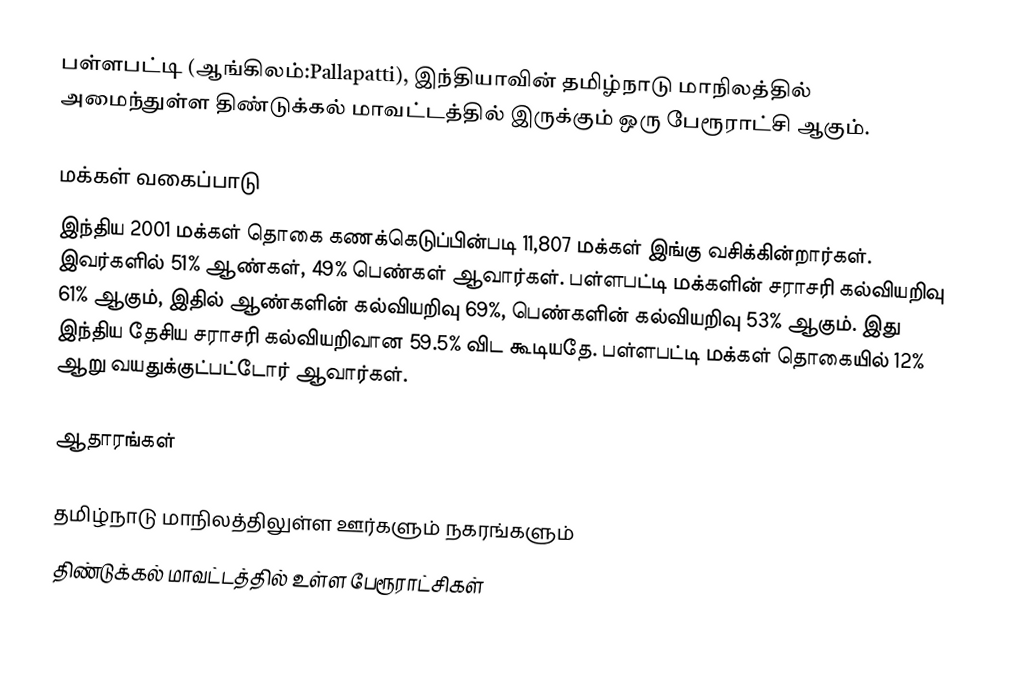
பள்ளபட்டி (ஆங்கிலம்:Pallapatti), இந்தியாவின் தமிழ்நாடு மாநிலத்தில் அமைந்துள்ள திண்டுக்கல் மாவட்டத்தில் இருக்கும் ஒரு பேரூராட்சி ஆகும்.

மக்கள் வகைப்பாடு
இந்திய 2001 மக்கள் தொகை கணக்கெடுப்பின்படி 11,807 மக்கள் இங்கு வசிக்கின்றார்கள். இவர்களில் 51% ஆண்கள், 49% பெண்கள் ஆவார்கள். பள்ளபட்டி மக்களின் சராசரி கல்வியறிவு 61% ஆகும், இதில் ஆண்களின் கல்வியறிவு 69%, பெண்களின் கல்வியறிவு 53% ஆகும். இது இந்திய தேசிய சராசரி கல்வியறிவான 59.5% விட கூடியதே. பள்ளபட்டி மக்கள் தொகையில் 12% ஆறு வயதுக்குட்பட்டோர் ஆவார்கள்.

ஆதாரங்கள்

தமிழ்நாடு மாநிலத்திலுள்ள ஊர்களும் நகரங்களும்
திண்டுக்கல் மாவட்டத்தில் உள்ள பேரூராட்சிகள்